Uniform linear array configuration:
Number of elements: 32
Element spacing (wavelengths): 0.5
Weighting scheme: hamming
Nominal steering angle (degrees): -45
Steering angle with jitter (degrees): -45.913
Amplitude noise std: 0.05
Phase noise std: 0.05

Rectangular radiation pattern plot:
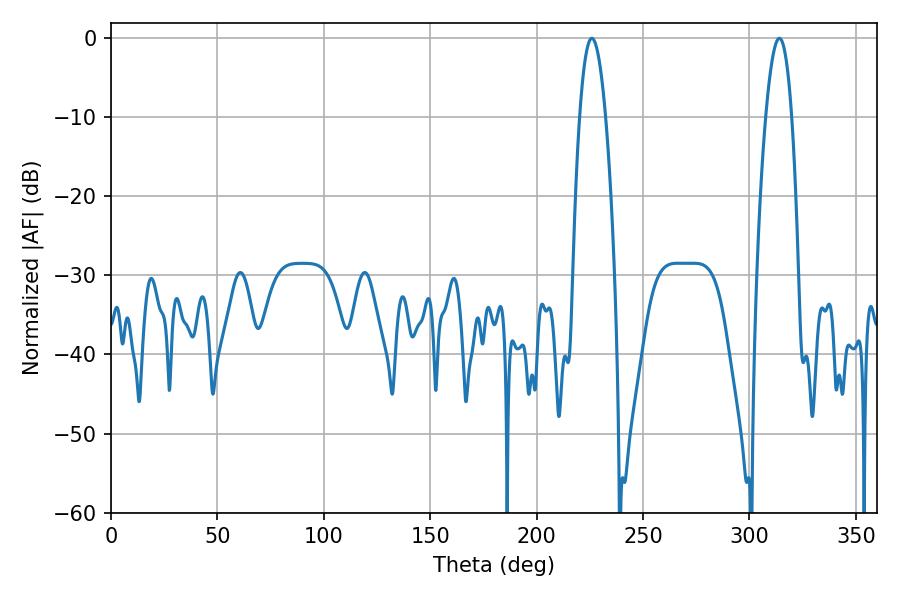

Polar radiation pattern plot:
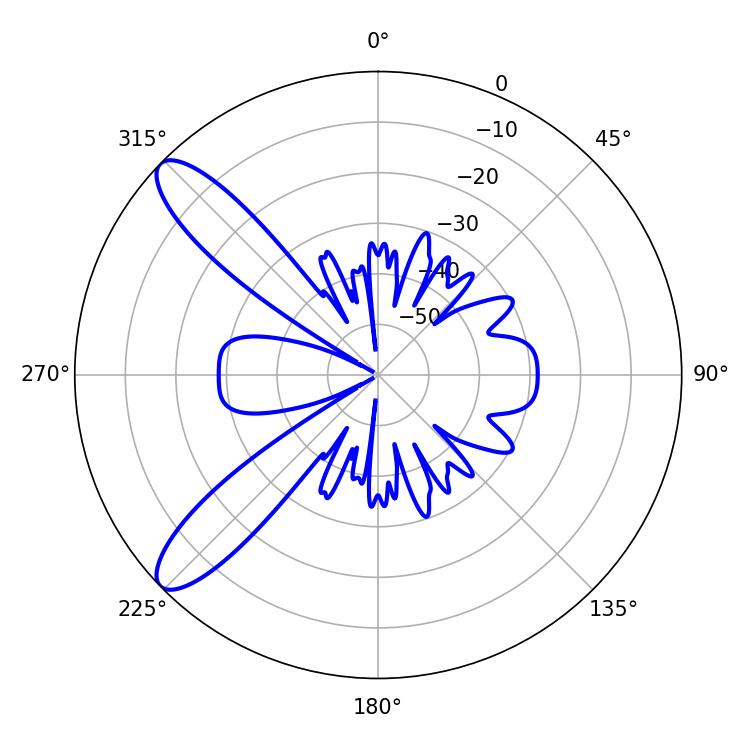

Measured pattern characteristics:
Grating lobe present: FALSE
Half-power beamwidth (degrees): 6.66
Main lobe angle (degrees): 225.9